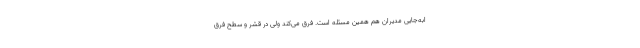
ابه‌جایی مدیران هم همین مسئله است. فرق می‌کند ولی در قشر و سطح فرق